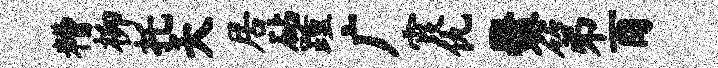
糟柳托夭居砧踵广霞仇爨第酉